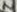
Text: 2